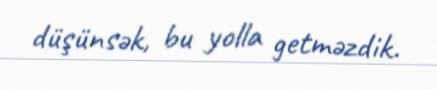
düşünsək, bu yolla getməzdik.